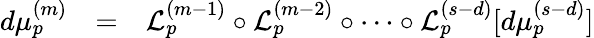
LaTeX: \begin{array}{rcl}{d\mu_{p}^{(m)}}&{=}&{\mathcal{L}_{p}^{(m-1)}\circ\mathcal{L}_{p}^{(m-2)}\circ\cdots\circ\mathcal{L}_{p}^{(s-d)}[d\mu_{p}^{(s-d)}]}\end{array}